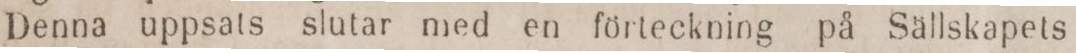
Denna uppsats slutar med en förteckning på Sällskapets